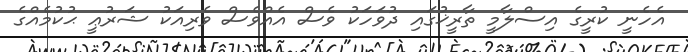
އެހެނީ ކުރީގެ އިސްލާމީ ތާރީޚުގައި ދުވަހަކު ވެސް އެއްވެސް ވެރިއަކު ޝަރުޢީ ޙުކުމެއްގެ